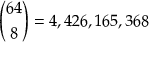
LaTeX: { \binom { 6 4 } { 8 } } = 4 , 4 2 6 , 1 6 5 , 3 6 8